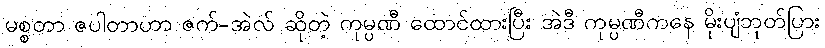
မစ္စတာ ဇပါတာဟာ ဇက်-အဲလ် ဆိုတဲ့ ကုမ္ပဏီ ထောင်ထားပြီး အဲဒီ ကုမ္ပဏီကနေ မိုးပျံဘုတ်ပြား